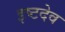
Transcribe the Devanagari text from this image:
इष्‍टदेव